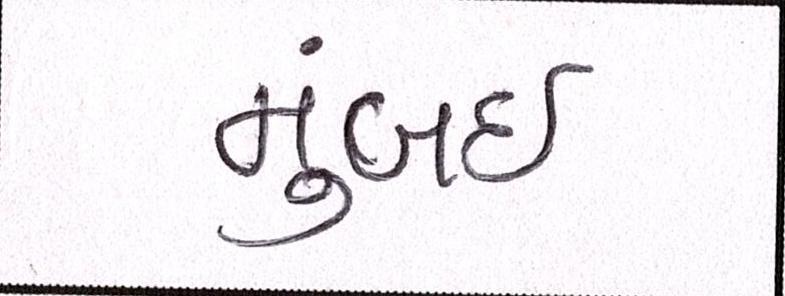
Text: મુંબઈઃ